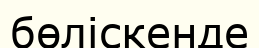
бөліскенде